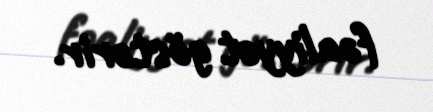
fəaliyyət göstərir.